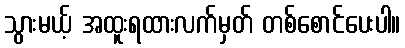
သွားမယ့် အထူးရထားလက်မှတ် တစ်စောင်ပေးပါ။